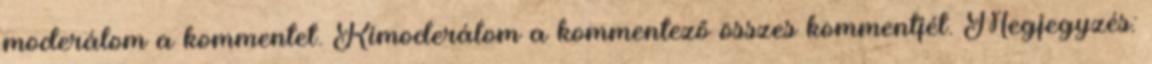
moderálom a kommentet. Kimoderálom a kommentező összes kommentjét. Megjegyzés: